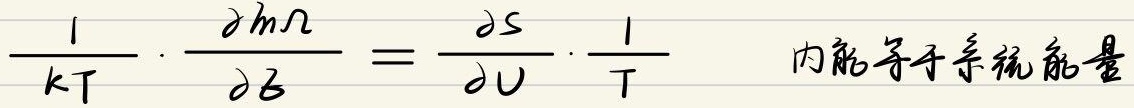
内能等于系统能量
\[
\frac{1}{kT} \cdot \frac{\partial m\Omega}{\partial \mathcal{B}} = \frac{\partial S}{\partial U} \cdot \frac{1}{T}
\]